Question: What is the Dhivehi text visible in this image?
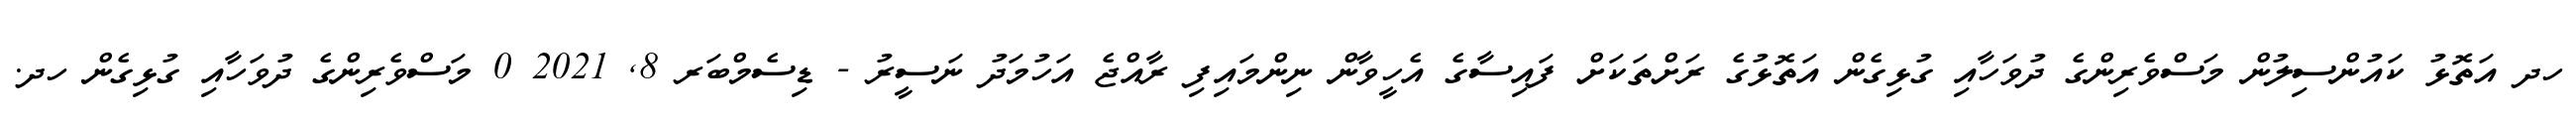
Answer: ހދ އަތޮޅު ކައުންސިލުން މަސްވެރިންގެ ދުވަހާއި ގުޅިގެން އަތޮޅުގެ ރަށްތަކަށް ފައިސާގެ އެހީވާން ނިންމައިފި ރާއްޖެ އަހުމަދު ނަސީރު - ޑިސެމްބަރ 8, 2021 0 މަސްވެރިންގެ ދުވަހާއި ގުޅިގެން ހދ.